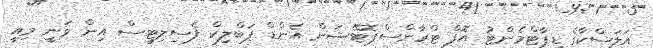
އަލަސްކާގެ ޑިޕާޓްމެންޓު އޮފް ޓްރާންސްޕޮޓޭޝަން އެންޑް ޕަބްލިކް ފެސިލިޓީސް އިން ވަނީ މިއީ